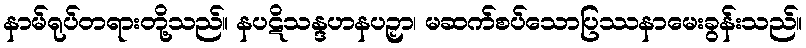
နာမ်ရုပ်တရားတို့သည်။ နပဋိသန္ဒဟနပဉှာ၊ မဆက်စပ်သောပြဿနာမေးခွန်းသည်။